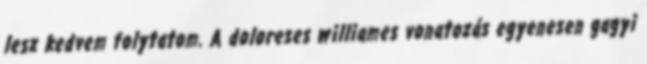
lesz kedvem folytatom. A doloreses williames vonatozás egyenesen gagyi